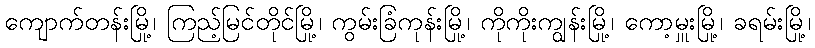
ကျောက်တန်းမြို့၊ ကြည့်မြင်တိုင်မြို့၊ ကွမ်းခြံကုန်းမြို့၊ ကိုကိုးကျွန်းမြို့၊ ကော့မှူးမြို့၊ ခရမ်းမြို့၊